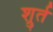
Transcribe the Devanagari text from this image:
श्रुर्त